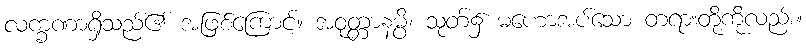
လက္ခဏာရှိသည်၏ အဖြစ်ကြောင့်။ အဝုတ္တာနမ္ပိ၊ သုတ်၌ မဟောအပ်သော တရားတို့ကိုလည်း။